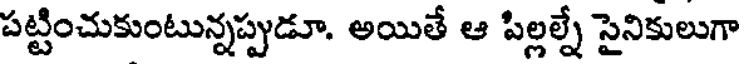
పట్టించుకుంటున్నప్పుడూ. అయితే ఆ పిల్లల్నే సైనికులుగా